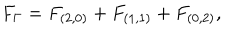
LaTeX: F _ { \Gamma } = F _ { ( 2 , 0 ) } + F _ { ( 1 , 1 ) } + F _ { ( 0 , 2 ) } ,